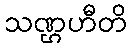
သဏ္ဌဟီတိ